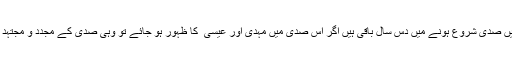
’’چودھویں صدی شروع ہونے میں دس سال باقی ہیں اگر اس صدی میں مہدی اور عیسیٰ ؑ کا ظہور ہو جائے تو وہی صدی کے مجدد و مجتہد ہونگے ۔